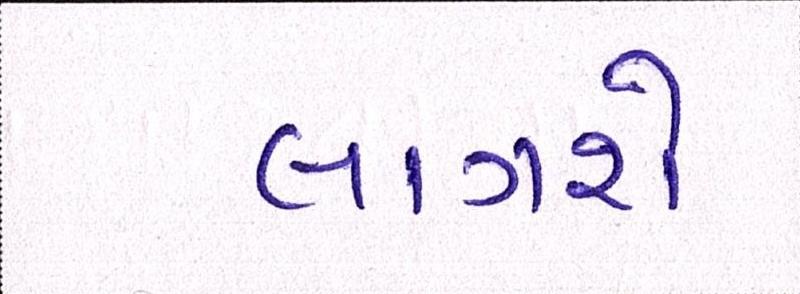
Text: લાગશે